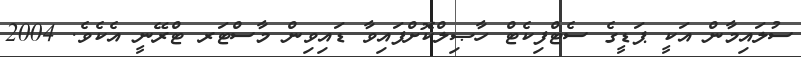
ސުލައިމާން އަކީ ޕަޑީގެ ސެޓްފިކެޓް ހާޞިލްކޮށްފައިވާ ޑައިވިން މާސްޓަރ ޓްރޭނީ އެކެވެ. 2004